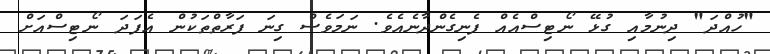
"ހުއްދަ" ދިނުމާއި ގުޅޭ ނޯޓިސްއެއް ފެނިގެންދާނެއެވެ. ނަމަވެސް ގިނަ ފަރާތްތަކުން އެފަދަ ނޯޓިސްއަށް